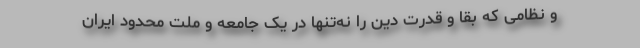
و نظامی که بقا و قدرت دین را نه‌تنها در یک جامعه و ملت محدود ایران